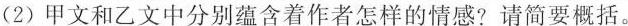
(2)甲文和乙文中分别蕴含着作者怎样的情感?请简要概括。